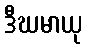
ဒီဃမာယု